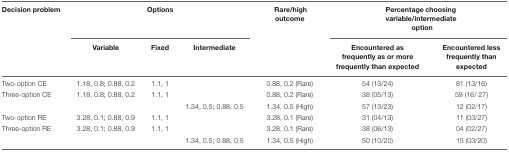
| Decision problem | <COLSPAN=3> Options | Rare/high outcome | <COLSPAN=2> Percentage choosing variable/intermediate option |
 |  | Variable | Fixed | Intermediate |  | Encountered as frequently as or more frequently than expected | Encountered less frequently than expected |
 | --- | --- | --- | --- | --- | --- | --- |
 | Two-option CE | 1.18, 0.8; 0.88, 0.2 | 1.1, 1 |  | 0.88, 0.2 (Rare) | 54 (13/24) | 81 (13/16) |
 | Three-option CE | 1.18, 0.8; 0.88, 0.2 | 1.1, 1 |  | 0.88, 0.2 (Rare) | 38 (05/13) | 59 (16/ 27) |
 |  |  |  | 1.34, 0.5; 0.88, 0.5 | 1.34, 0.5 (High) | 57 (13/23) | 12 (02/17) |
 | Two-option RE | 3.28, 0.1; 0.88, 0.9 | 1.1, 1 |  | 3.28, 0.1 (Rare) | 31 (04/13) | 11 (03/27) |
 | Three-option RE | 3.28, 0.1; 0.88, 0.9 | 1.1, 1 |  | 3.28, 0.1 (Rare) | 38 (06/13) | 04 (02/27) |
 |  |  |  | 1.34, 0.5; 0.88, 0.5 | 1.34, 0.5 (High) | 50 (10/20) | 15 (03/20) |